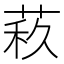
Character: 𦲦